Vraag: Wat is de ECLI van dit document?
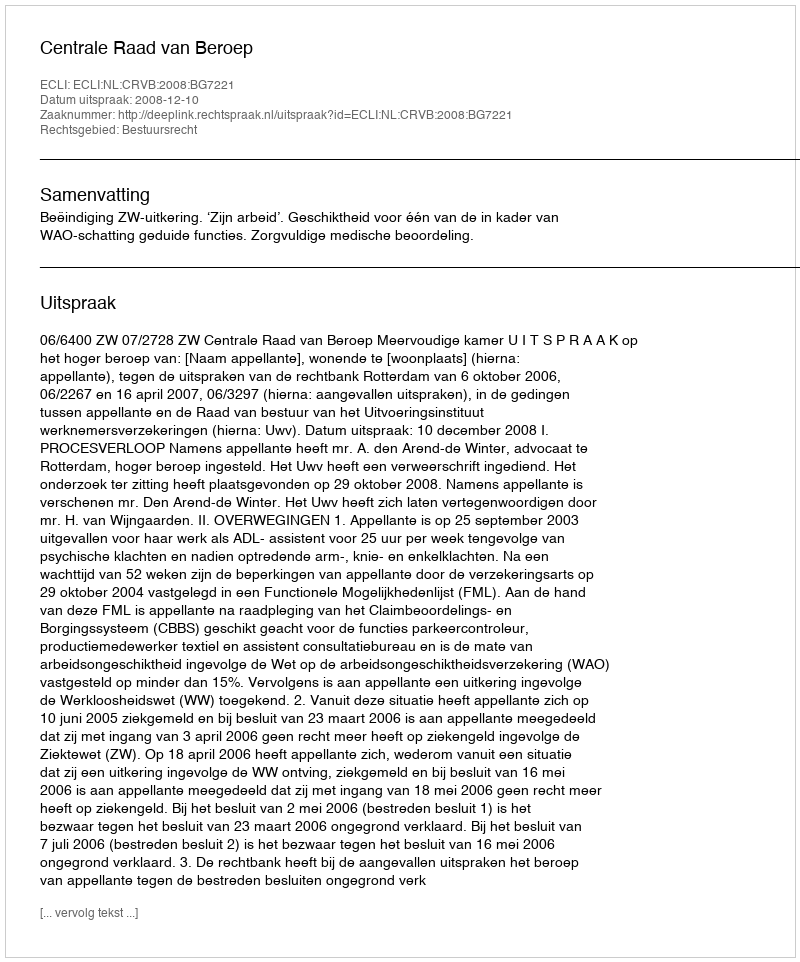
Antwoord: ECLI:NL:CRVB:2008:BG7221